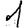
Digit: 1